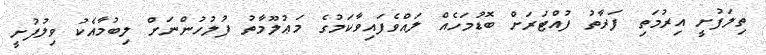
ތިލަފުށީ އިރުމަތި ފަރާތު ފުއްޓަރަށް ބޮޑުމަހެއް ލައްވެފައިވާކަމުގެ މަޢުލޫމާތު ފުލުހުންނަށް ލިބުމާއެކު ވިލުފުށީ